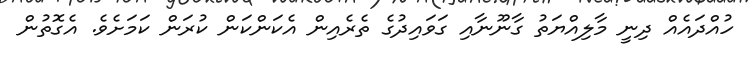
ހުއްދައެއް ދިނީ މާލިއްޔަތު ގާނޫނާއި ގަވައިދުގެ ތެރެއިން އެކަންކަން ކުރަން ކަމަށެވެ. އެގޮތުން